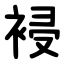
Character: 䘲